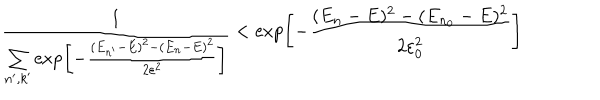
{ \frac { 1 } { \sum _ { n ^ { \prime } , k ^ { \prime } } \exp \! \left[ { - { \frac { ( E _ { n ^ { \prime } } - E ) ^ { 2 } - ( E _ { n } - E ) ^ { 2 } } { 2 \varepsilon ^ { 2 } } } } \right] } } < \exp \! \left[ { - { \frac { ( E _ { n } - E ) ^ { 2 } - ( E _ { n _ { 0 } } - E ) ^ { 2 } } { 2 \varepsilon _ { 0 } ^ { 2 } } } } \right]